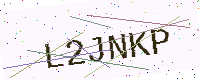
Text: L2JNKP